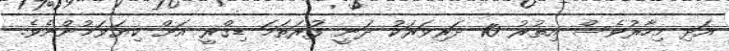
އަދި މިހާރުވެސް އިތުރު 10 ދަރިވަރަކު ދަނީ ފުރަތަމަ ޑިގްރީ އަށް ކިޔަވަމުންނެވެ.